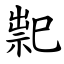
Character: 䄐